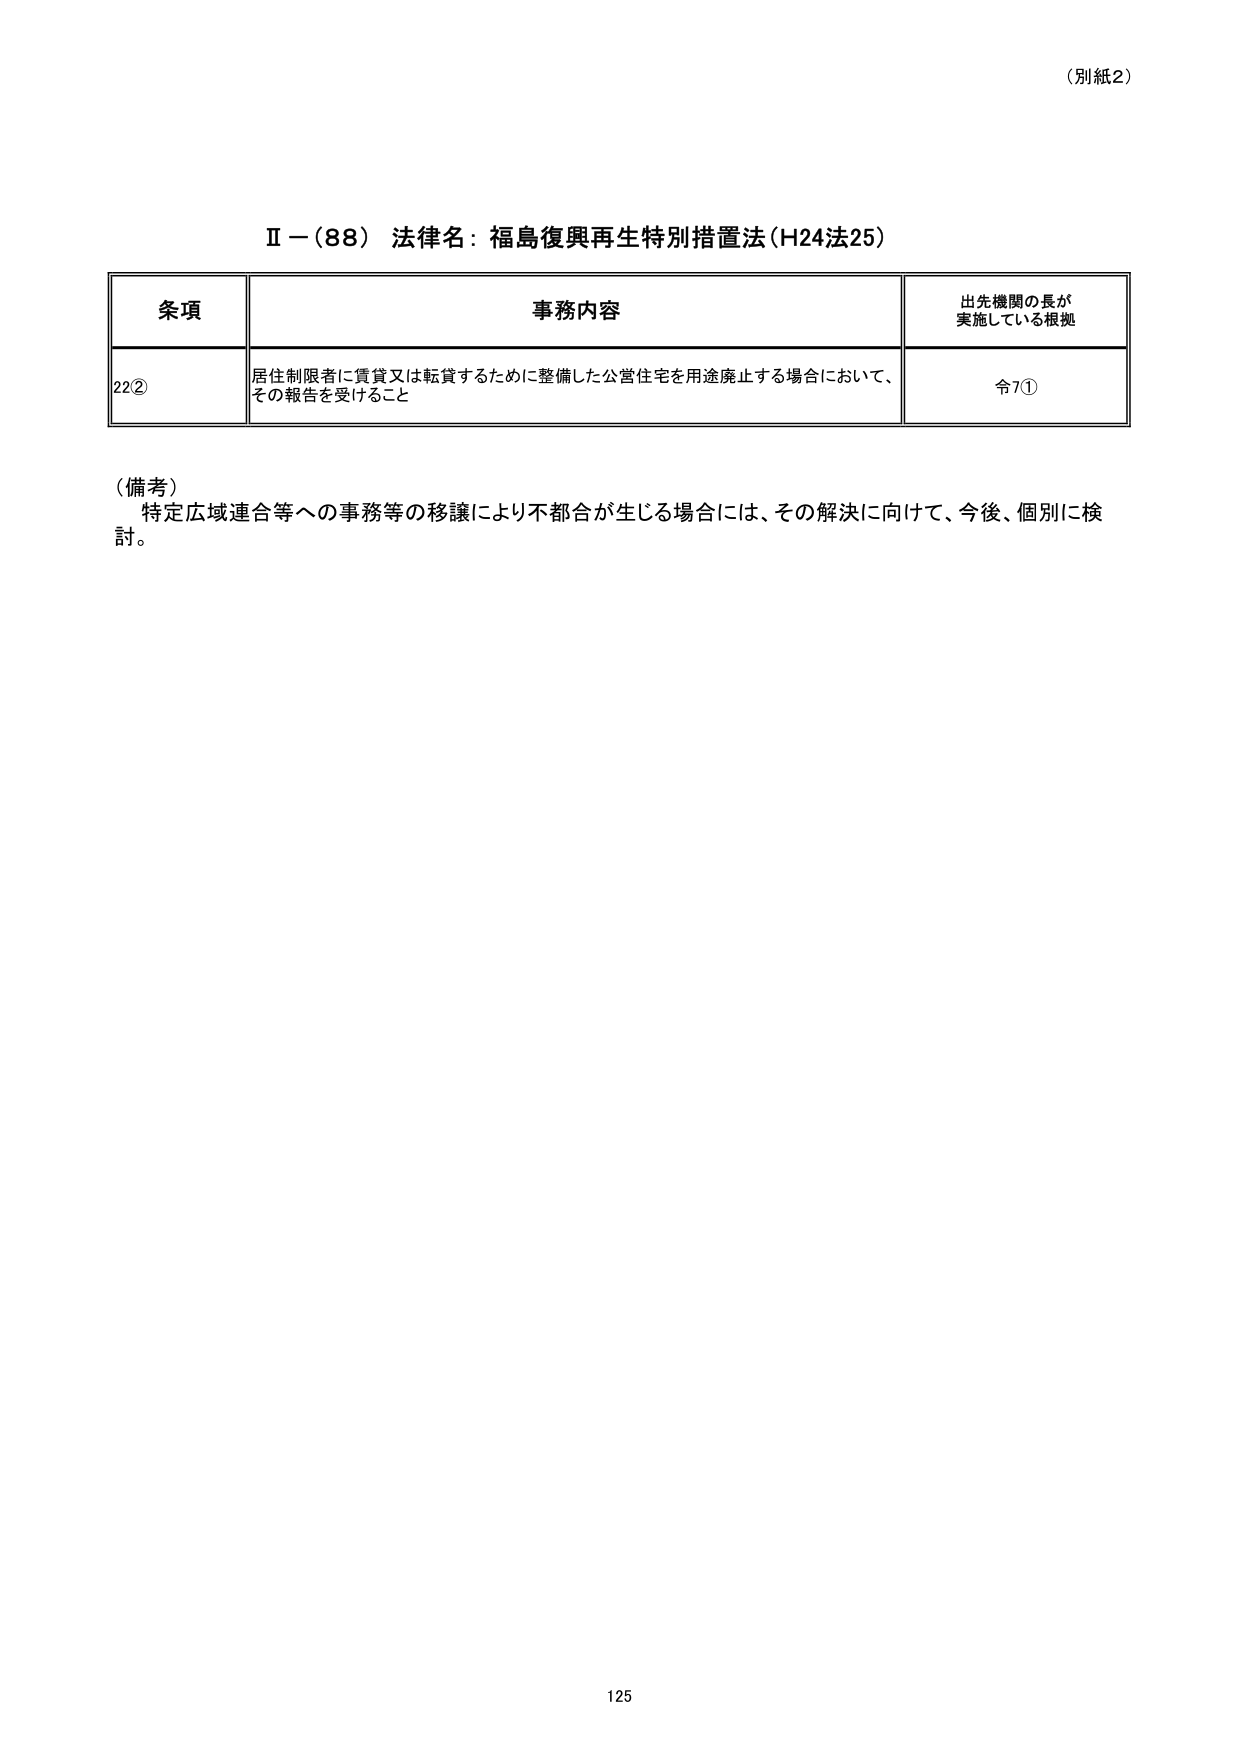
（別紙2）

Ⅱ－（88）法律名：福島復興再生特別措置法（H24法25）

条項 事務内容 出先機関の長が実施している根拠
22② 居住制限者に賃貸又は転貸するために整備した公営住宅を用途廃止する場合において、その報告を受けること 令7①

（備考）
特定広域連合等への事務等の移譲により不都合が生じる場合には、その解決に向けて、今後、個別に検討。

125